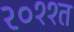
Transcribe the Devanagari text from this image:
२०११त